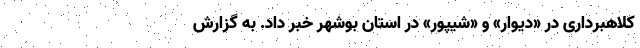
کلاهبرداری در «دیوار» و «شیپور» در استان بوشهر خبر داد. به گزارش